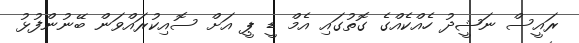
ރައީސް ނަޝީދު ހެއްކެއްގެ ގޮތުގައި އެމް ޑީ ޕީ އަށް ސޮއިކުރައްވަން ބޭނުންފުޅު